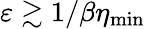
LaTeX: \varepsilon\gtrsim 1/\beta\eta_{\mathrm{min}}